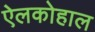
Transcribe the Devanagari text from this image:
ऐलकोहाल